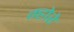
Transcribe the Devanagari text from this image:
म्होरे